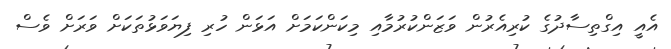
އެއީ އިގްތިސާދުގެ ކުރިއެރުން ވަޒަންކުރުމާއި މިކަންކަމަށް އަޅަން ހުރި ފިޔަވަޅުތަކަށް ވަރަށް ވެސް